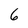
Character: 6